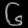
Digit: ၆